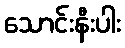
သောင်းနီးပါး